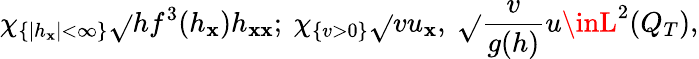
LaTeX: \chi_{\{ |h_{\mathbf{x}}|<\infty\} }\sqrt{}{{hf^{3}(h_{\mathbf{x}})}}h_{\mathbf{x}\mathbf{x}};\ \chi_{\{ v>0\} }\sqrt{}{{v}}u_{\mathbf{x}},\ \sqrt{}{{\frac{{v}}{{g(h)}}}}u\inL^{2}(Q_{T}),